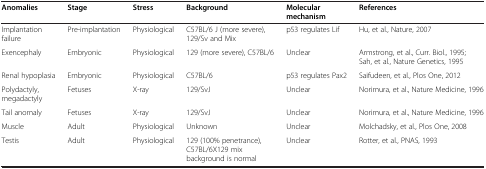
<table><thead><tr><td><b>Anomalies</b></td><td><b>Stage</b></td><td><b>Stress</b></td><td><b>Background</b></td><td><b>Molecular</b></td><td><b>References</b></td></tr><tr><td><b> </b></td><td><b> </b></td><td><b> </b></td><td><b> </b></td><td><b>mechanism</b></td><td><b> </b></td></tr></thead><tbody><tr><td>Implantation failure</td><td>Pre-implantation</td><td>Physiological</td><td>C57BL/6 J (more severe), 129/Sv and Mix</td><td>p53 regulates Lif</td><td>Hu, et al., Nature, 2007</td></tr><tr><td>Exencephaly</td><td>Embryonic</td><td>Physiological</td><td>129 (more severe), C57BL/6</td><td>Unclear</td><td>Armstrong, et al., Curr. Biol., 1995; Sah, et al., Nature Genetics, 1995</td></tr><tr><td>Renal hypoplasia</td><td>Embryonic</td><td>Physiological</td><td>C57BL/6</td><td>p53 regulates Pax2</td><td>Saifudeen, et al., Plos One, 2012</td></tr><tr><td>Polydactyly, megadactyly</td><td>Fetuses</td><td>X-ray</td><td>129/SvJ</td><td>Unclear</td><td>Norimura, et al., Nature Medicine, 1996</td></tr><tr><td>Tail anomaly</td><td>Fetuses</td><td>X-ray</td><td>129/SvJ</td><td>Unclear</td><td>Norimura, et al., Nature Medicine, 1996</td></tr><tr><td>Muscle</td><td>Adult</td><td>Physiological</td><td>Unknown</td><td>Unclear</td><td>Molchadsky, et al., Plos One, 2008</td></tr><tr><td>Testis</td><td>Adult</td><td>Physiological</td><td>129 (100% penetrance), C57BL/6X129 mix background is normal</td><td>Unclear</td><td>Rotter, et al., PNAS, 1993</td></tr></tbody></table>